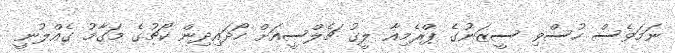
ނަމަވެސް ހުސްވި ސީޒަނުގެ ޕްރެމިއާ ލީގު ޗެލްސީއަށް ހޯދައިދިން ކޯޗުގެ މަގާމު ގެއްލުނީ